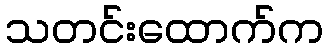
သတင်းထောက်က